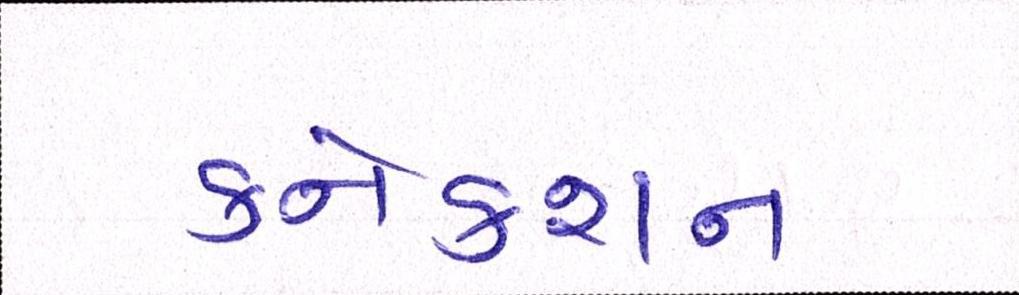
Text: કનેકશન